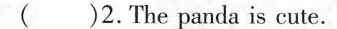
( )2.The panda is cute.